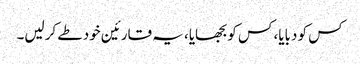
کس کو دبایا، کس کو بجھایا، یہ قارئین خود طے کرلیں۔